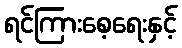
ရင်ကြားစေ့ရေးနှင့်